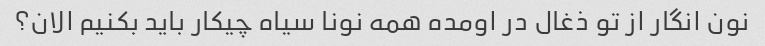
نون انگار از تو ذغال در اومده همه نونا سیاه چیکار باید بکنیم الان؟